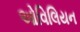
ઓવિલિયન